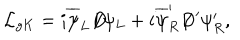
{ \cal L } _ { g K } = i \overline { { { \psi } } } _ { L } D \! \! \! \! / \psi _ { L } + i \overline { { { \psi } } } _ { R } ^ { \prime } D \! \! \! \! / \, ^ { \prime } \psi _ { R } ^ { \prime } ,